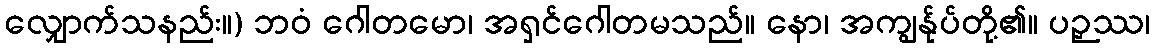
လျှောက်သနည်း။) ဘဝံ ဂေါတမော၊ အရှင်ဂေါတမသည်။ နော၊ အကျွန်ုပ်တို့၏။ ပဉှဿ၊